DOW-UAP-D49, Launch Summary, Vandenberg AFB, 2000
Agency: Department of War
Incident date: 2/3/00
Page 40
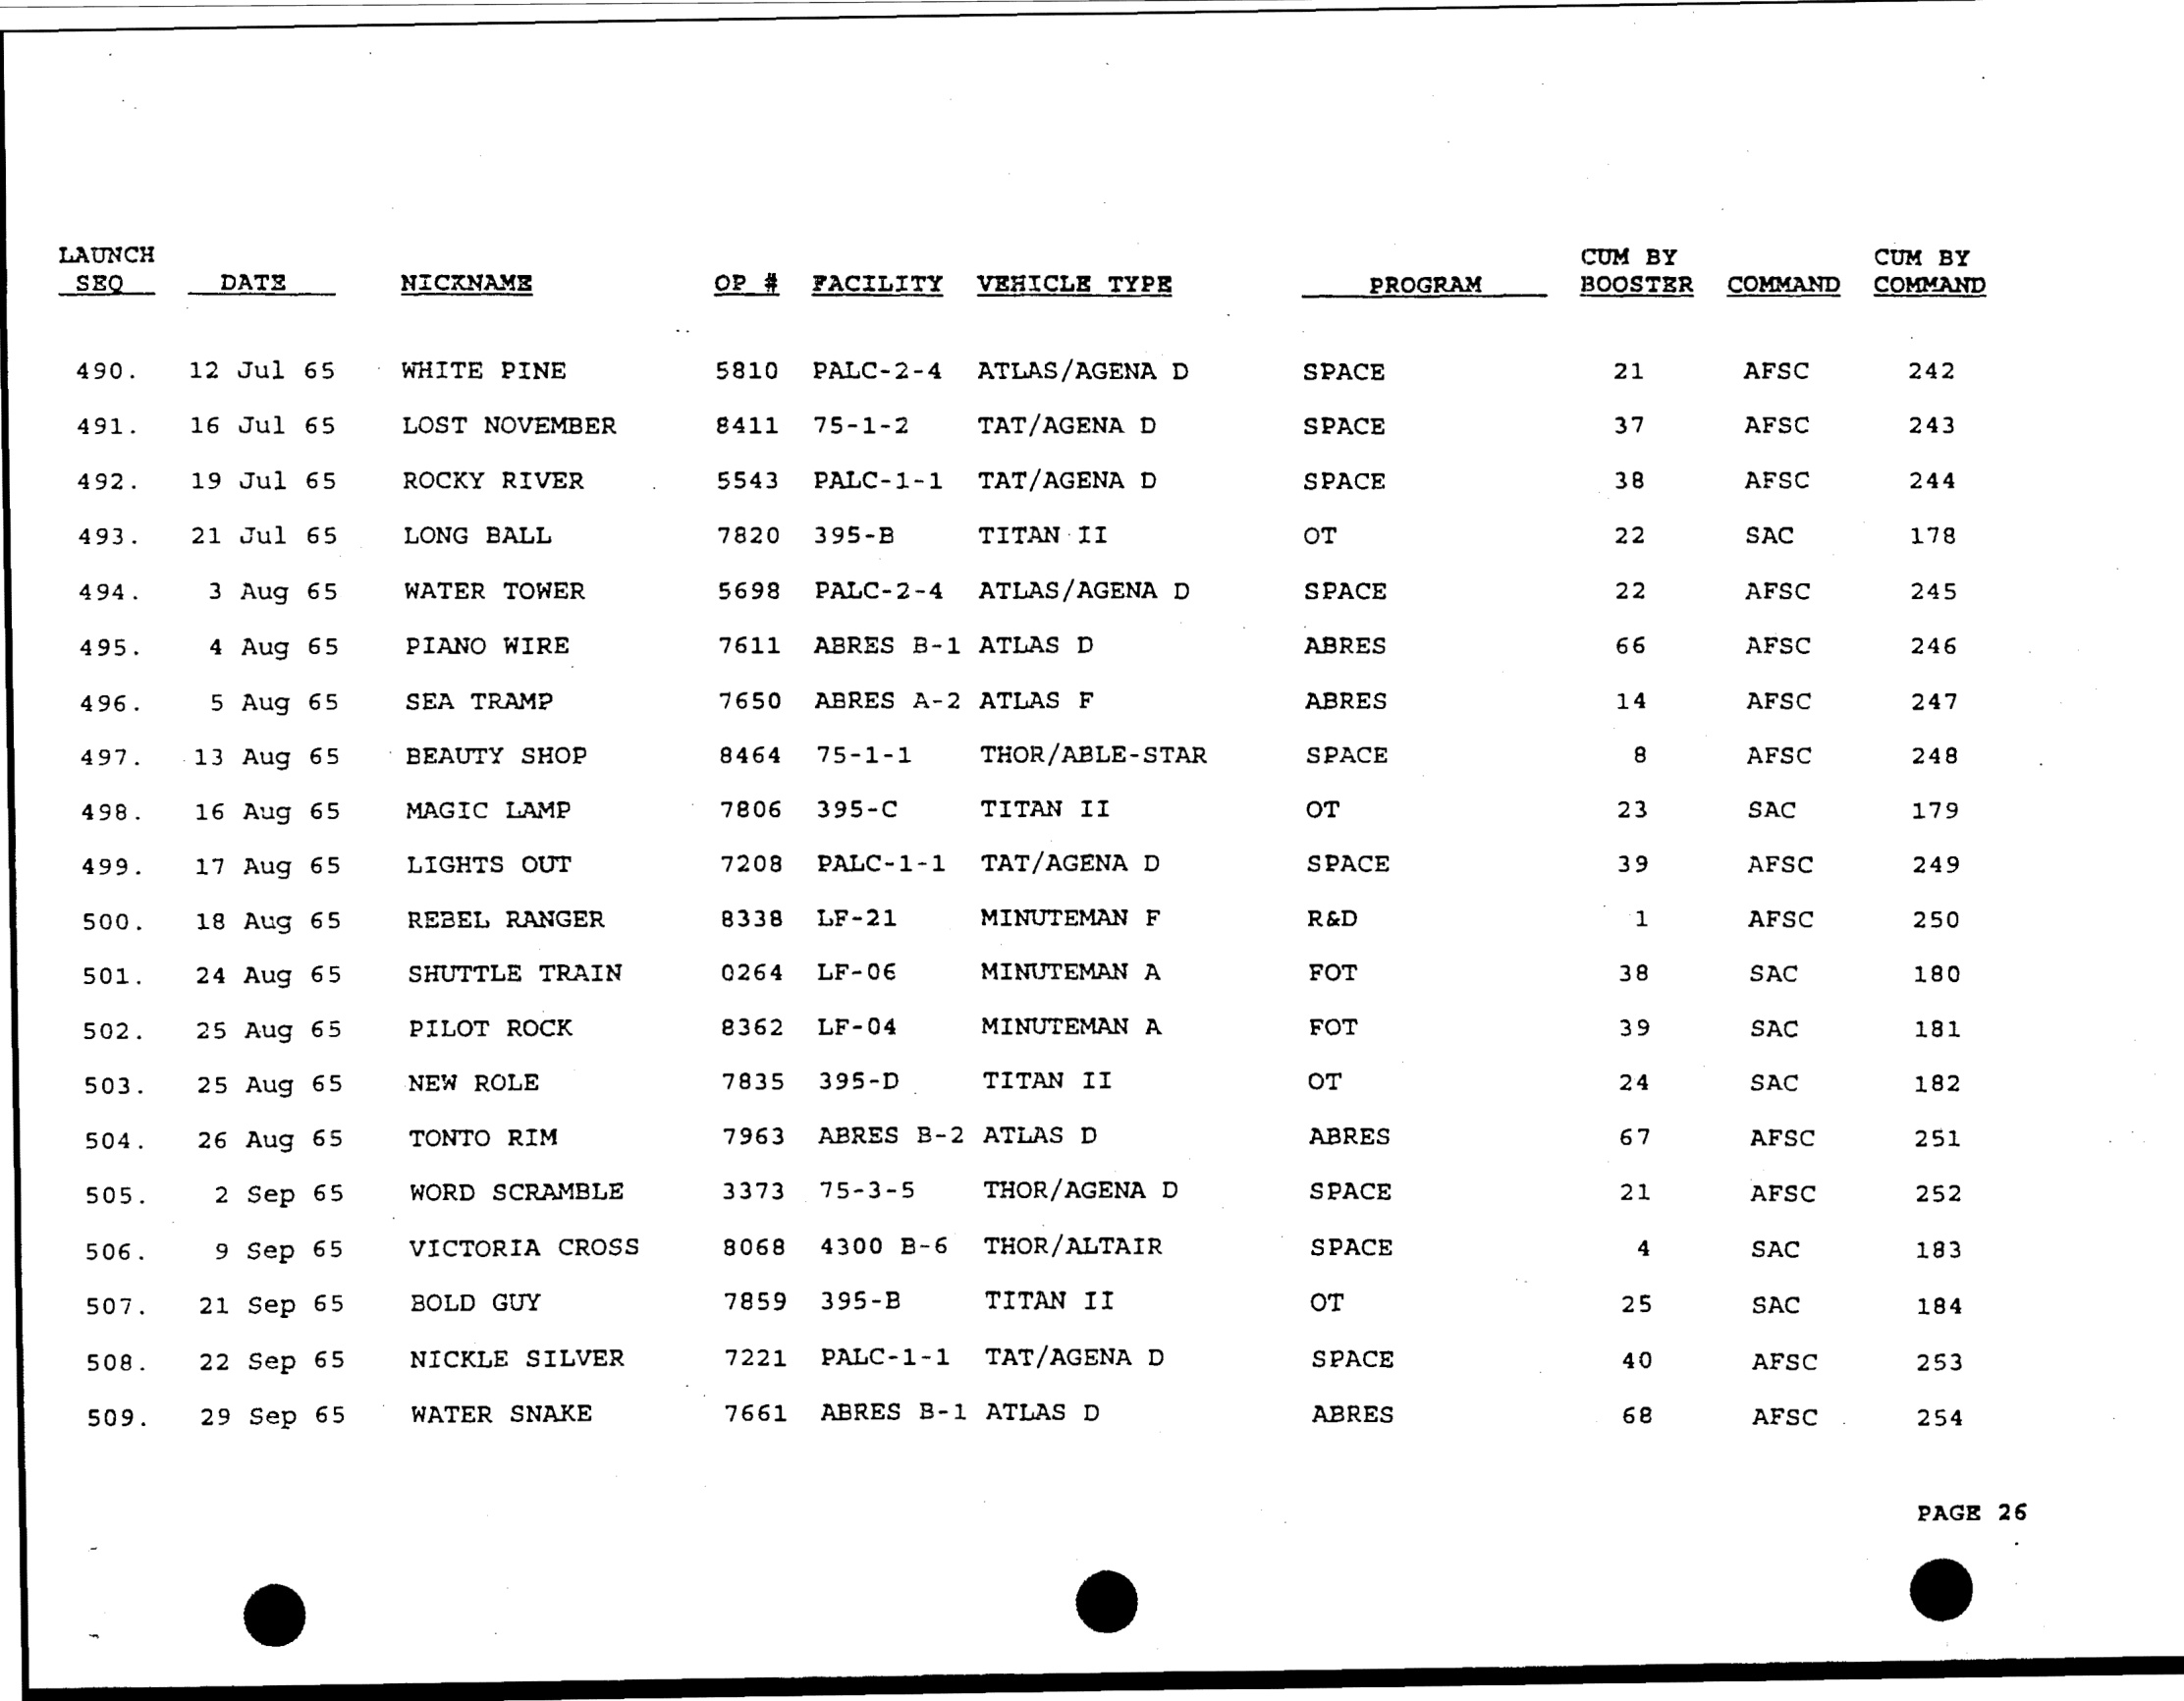